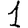
Digit: 1